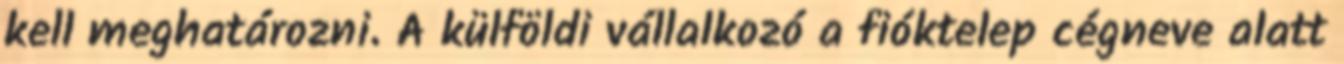
kell meghatározni. A külföldi vállalkozó a fióktelep cégneve alatt